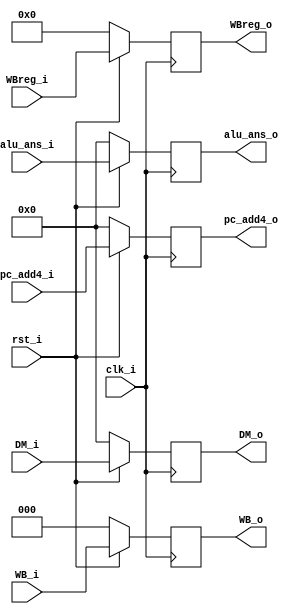
`timescale 1ns/1ps
module MEMWB_register (
    input clk_i,
    input rst_i,
    input [2:0] WB_i,
    input [31:0] DM_i,
    input [31:0] alu_ans_i,
    input [4:0] WBreg_i,
    input [31:0] pc_add4_i,

    output reg [2:0] WB_o,
    output reg [31:0] DM_o,
    output reg [31:0] alu_ans_o,
    output reg [4:0] WBreg_o,
    output reg [31:0] pc_add4_o
);

always@(posedge clk_i) begin
    
    if(~rst_i) 
    begin
        WB_o <= 0;
        DM_o <= 0;
        alu_ans_o <= 0;
        WBreg_o <= 0;
        pc_add4_o <= 0;
    end
    else 
    begin
        WB_o <= WB_i;
        DM_o <= DM_i;
        alu_ans_o <= alu_ans_i;
        WBreg_o <= WBreg_i;
        pc_add4_o <= pc_add4_i;
    end
end
endmodule